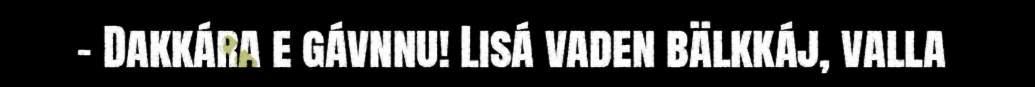
– Dakkára e gávnnu! Lisá vaden bälkkáj, valla